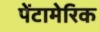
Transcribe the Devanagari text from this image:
पेंटामेरिक